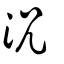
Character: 況